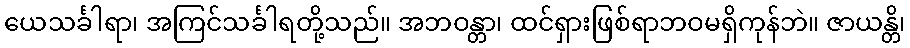
ယေသင်္ခါရာ၊ အကြင်သင်္ခါရတို့သည်။ အဘဝန္တာ၊ ထင်ရှားဖြစ်ရာဘဝမရှိကုန်ဘဲ။ ဇာယန္တိ၊